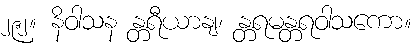
၂၉၂။ နိဝါသန န္တရီယာနျ၊ န္တရမန္တရဝါသကော။